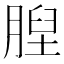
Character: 𦞆